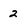
Character: 2